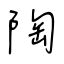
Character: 陶